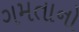
ગમતાનો